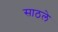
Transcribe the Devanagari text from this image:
साठले